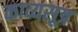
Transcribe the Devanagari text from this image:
काव्यसूत्र